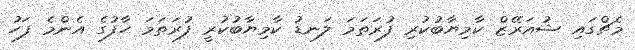
މެޗްގައި ޝުއަރޭޒް ކާމިޔާބުކުރި ފުރަތަމަ ލަނޑު ކާމިޔާބުކުރީ ފުރަތަމަ ހާފުގެ އެންމެ ފަހު